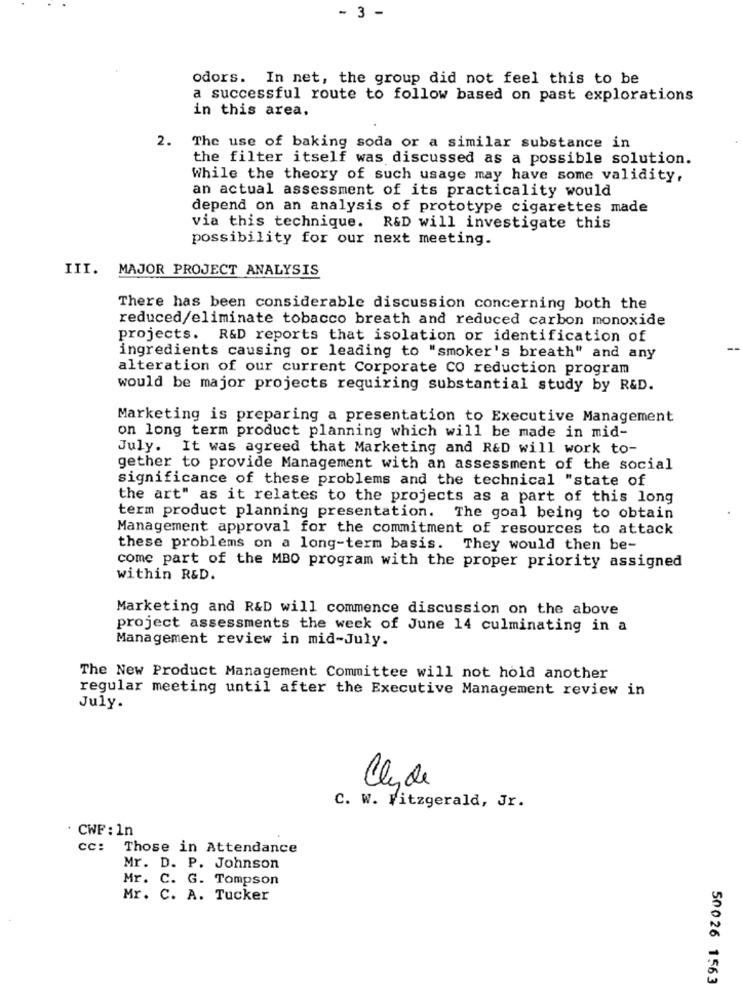
- 3 -
odors. In net, the group did not feel this to be
a successful route to follow based on past explorations
in this area.
2.
The use of baking soda or a similar substance in
the filter itself was discussed as a possible solution.
While the theory of such usage may have some validity,
an actual assessment of its practicality would
depend on an analysis of prototype cigarettes made
via this technique. R&D will investigate this
possibility for our next meeting.
III. MAJOR PROJECT ANALYSIS
There has been considerable discussion concerning both the
reduced/eliminate tobacco breath and reduced carbon monoxide
projects. R&D reports that isolation or identification of
ingredients causing or leading to "smoker's breath" and any
alteration of our current Corporate CO reduction program
would be major projects requiring substantial study by R&D.
Marketing is preparing a presentation to Executive Management
on long term product planning which will be made in mid-
July. It was agreed that Marketing and R&D will work to-
gether to provide Management with an assessment of the social
significance of these problems and the technical "state of
the art" as it relates to the projects as a part of this long
term product planning presentation. The goal being to obtain
Management approval for the commitment of resources to attack
these problems on a long-term basis. They would then be-
come part of the MBO program with the proper priority assigned
within R&D.
Marketing and R&D will commence discussion on the above
project assessments the week of June 14 culminating in a
Management review in mid-July.
The New Product Management Committee will not hold another
regular meeting until after the Executive Management review in
July.
Clyde
C. W. Fitzgerald, Jr.
CWF : 1n
cc: Those in Attendance
Mr. D. P. Johnson
Mr. C. G. Tompson
Mr. C. A. Tucker
50026 1563